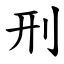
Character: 刑